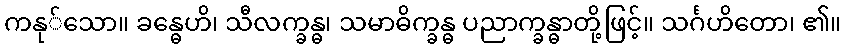
ကနု်သော။ ခန္ဓေဟိ၊ သီလက္ခန္ဓ၊ သမာဓိက္ခန္ဓ ပညာက္ခန္ဓာတို့ဖြင့်။ သင်္ဂဟိတော၊ ၏။